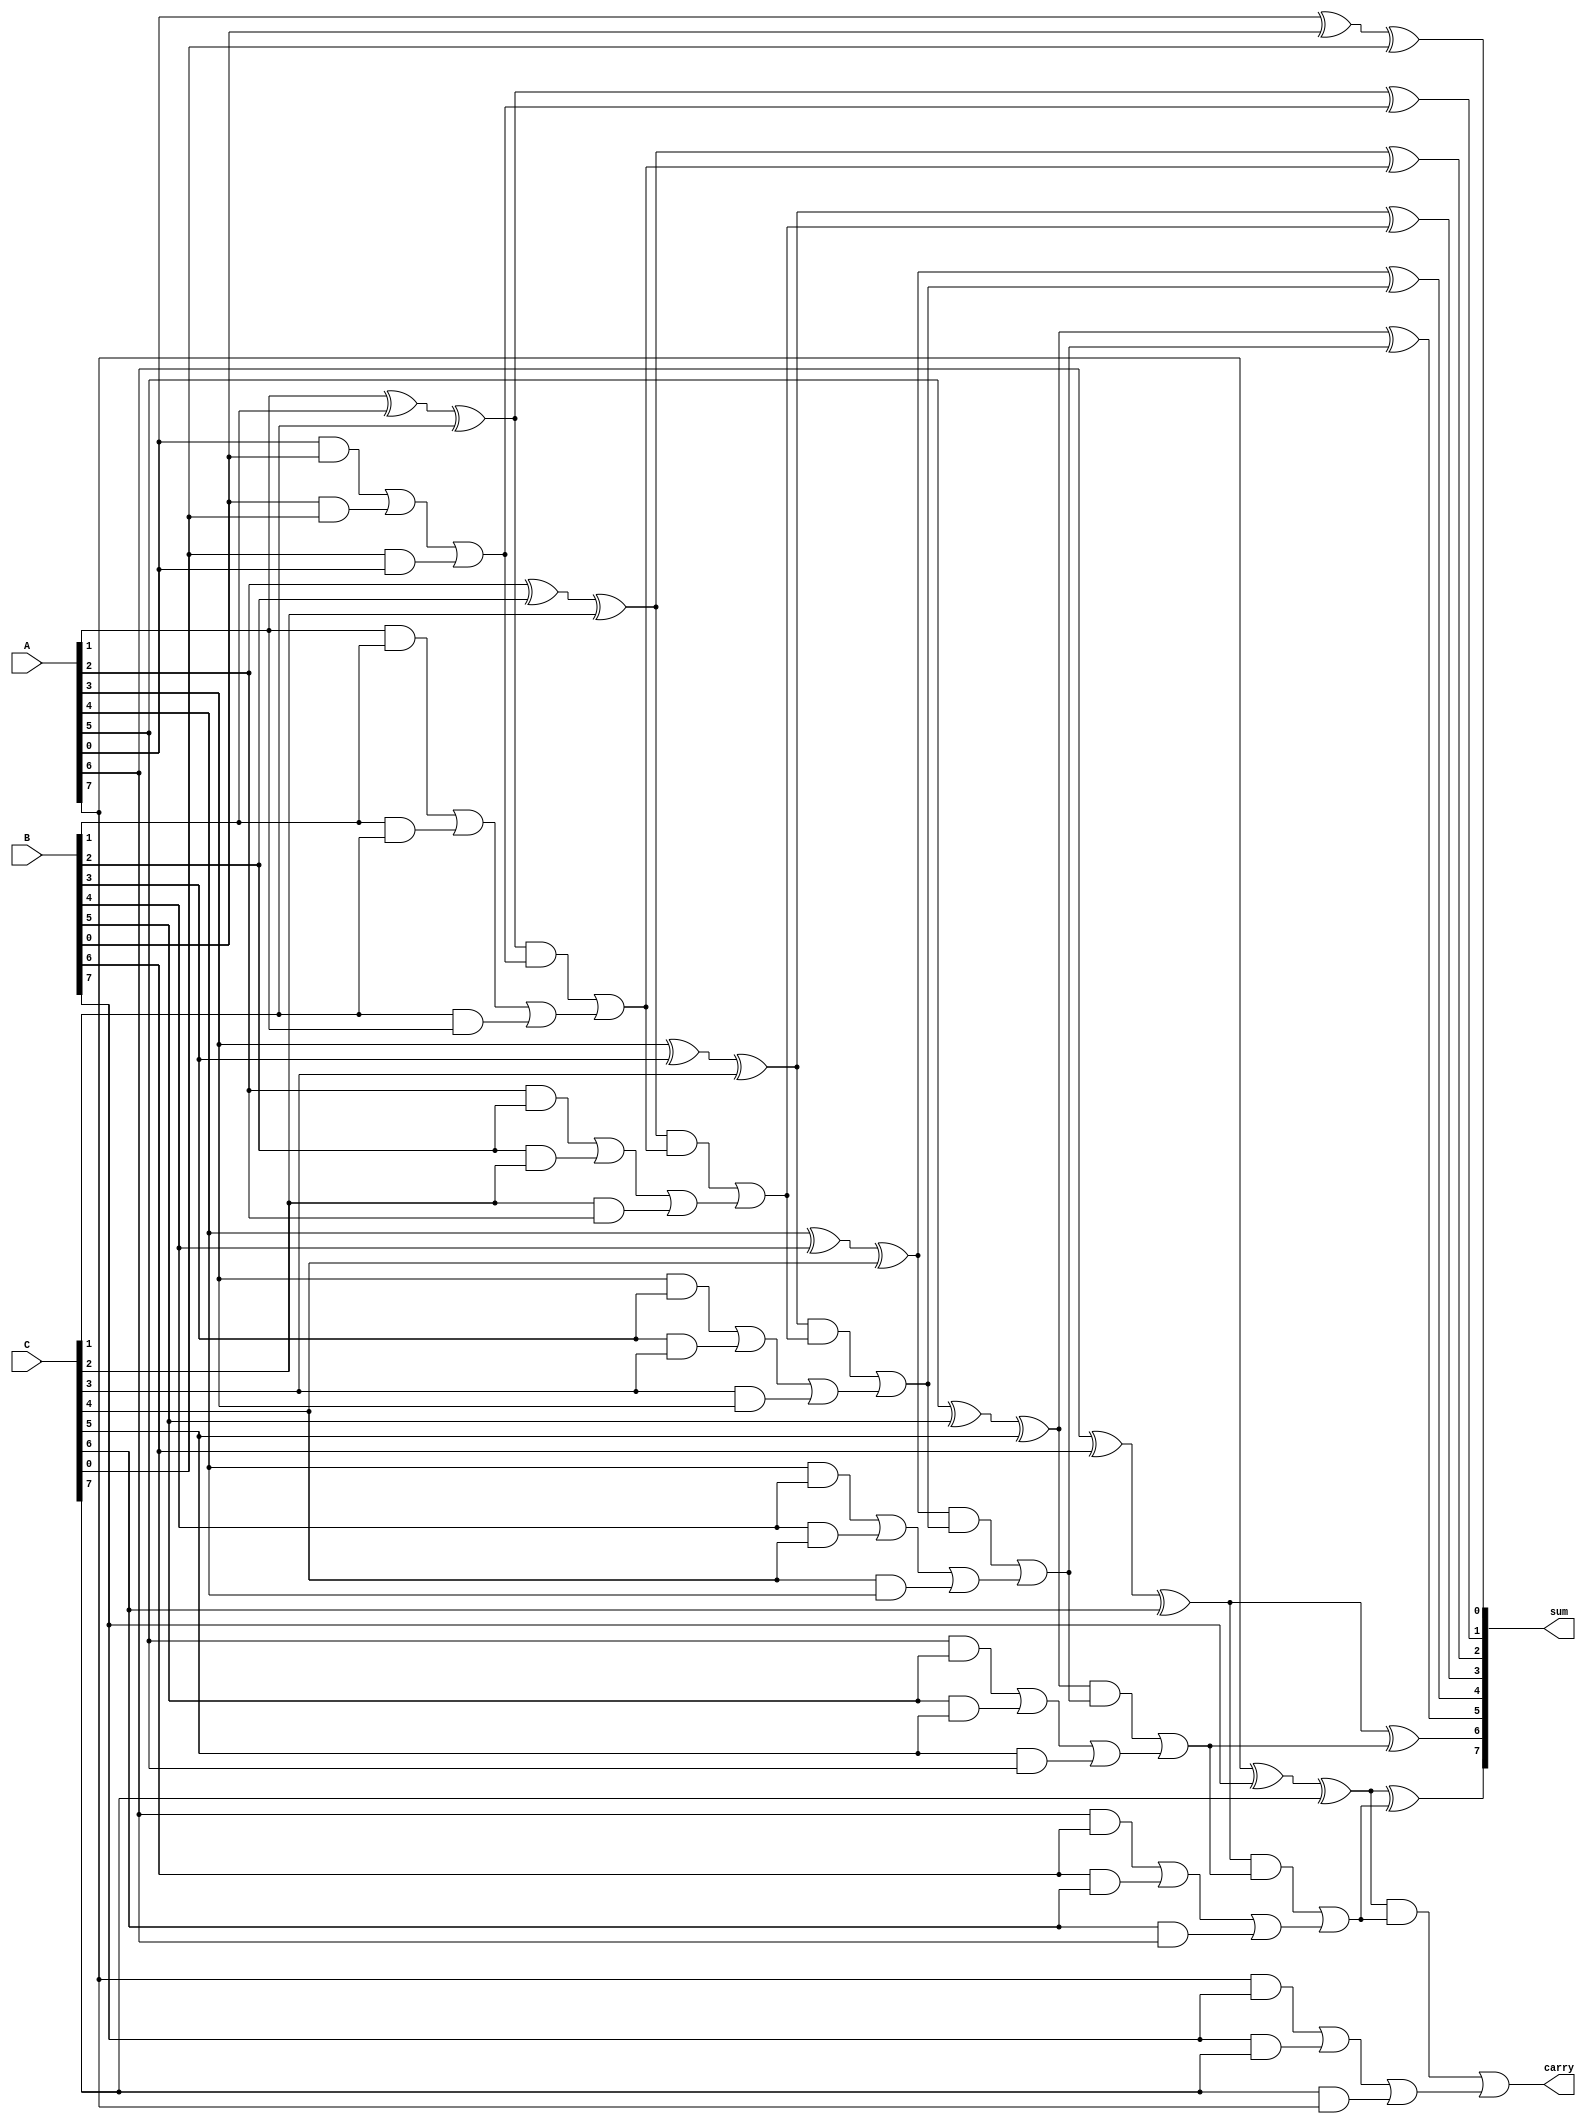
module carry_save_adder (
    input [N-1:0] A,        // Input A
    input [N-1:0] B,        // Input B
    input [N-1:0] C,        // Input C
    output reg [N-1:0] sum,  // Final Sum output
    output reg carry         // Final Carry output
);
    parameter N = 8; // Bit-width of the inputs

    // Intermediate sums and carries
    wire [N-1:0] S1, C1; // First stage sum and carry
    wire [N-1:0] S2, C2; // Second stage sum and carry

    // Stage 1: Calculate partial sums and carries
    genvar i;
    generate
        for (i = 0; i < N; i = i + 1) begin: CSA_stage1
            assign S1[i] = A[i] ^ B[i] ^ C[i]; // Sum of A, B, C
            assign C1[i] = (A[i] & B[i]) | (B[i] & C[i]) | (C[i] & A[i]); // Carry of A, B, C
        end
    endgenerate

    // Stage 2: Reduce the S1 and C1 to final sum and carry
    generate
        for (i = 0; i < N; i = i + 1) begin: CSA_stage2
            if (i == 0) begin
                // Handle the first bit separately
                assign S2[i] = S1[i]; // S2 is initially the same as S1
                assign C2[i] = C1[i]; // C2 is initially the same as C1
            end else begin
                // Reduce the previous stage outputs
                assign S2[i] = S1[i] ^ C2[i-1]; // Current sum bit
                assign C2[i] = (S1[i] & C2[i-1]) | C1[i]; // Current carry bit
            end
        end
    endgenerate
    
    // Final output assignment
    always @(*) begin
        sum = S2;
        carry = C2[N-1]; // The final carry-out is the last carry
    end

endmodule